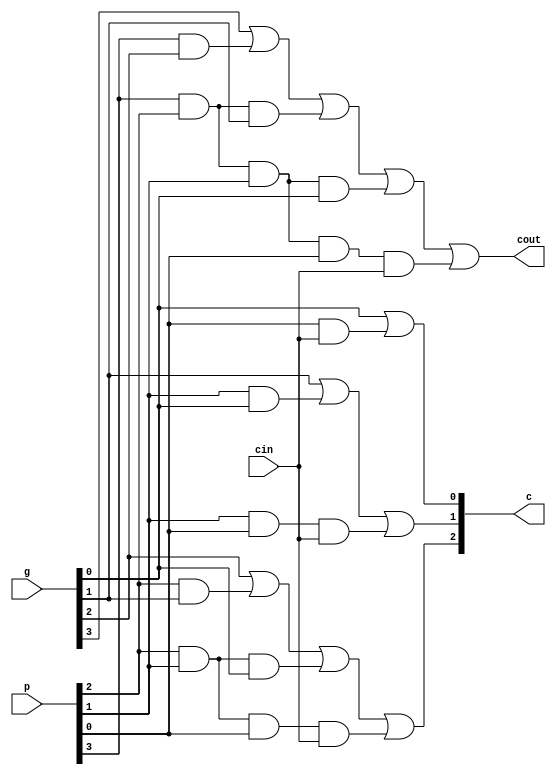
module carry_lookahead_generator(g, p, cin, c, cout);
	input [3:0]g;
	input [3:0]p;
	input cin;
	output [2:0]c;
	output cout;
	
	assign c[0] = g[0] | (p[0] & cin);
	assign c[1] = g[1] | (p[1] & g[0]) | (p[1] & p[0] & cin);
	assign c[2] = g[2] | (p[2] & g[1]) | (p[2] & p[1] & g[0]) | (p[2] & p[1] & p[0] & cin);
	assign cout = g[3] | (p[3] & g[2]) | (p[3] & p[2] & g[1]) | (p[3] & p[2] & p[1] & g[0]) | (p[3] & p[2] & p[1] & p[0] & cin);
endmodule